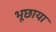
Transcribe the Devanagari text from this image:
भूछाया